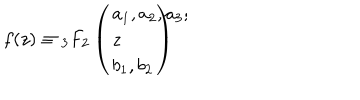
f ( z ) \equiv { _ 3 F _ { 2 } } \left( \begin{array} { l } { { a _ { 1 } , a _ { 2 } , a _ { 3 } ; \hspace { 5 m m } } } \\ { { \hspace { 2 c m } z } } \\ { { b _ { 1 } , b _ { 2 } } } \\ \end{array} \right)